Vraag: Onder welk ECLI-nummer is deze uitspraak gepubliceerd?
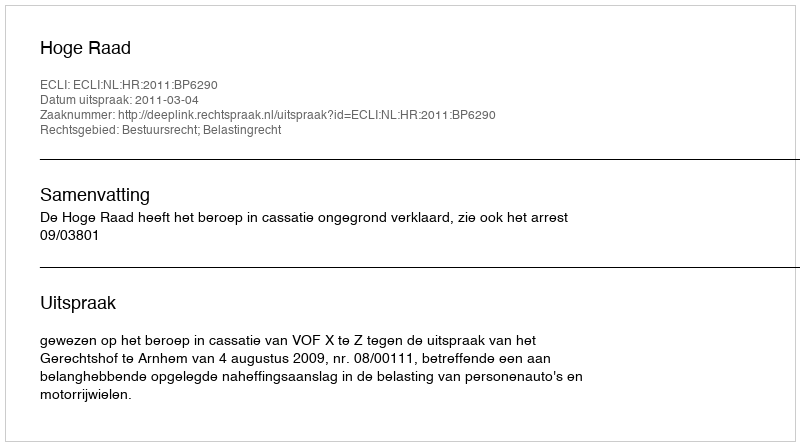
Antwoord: ECLI:NL:HR:2011:BP6290